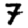
Digit: 7